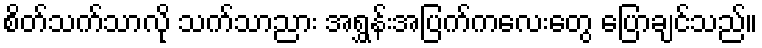
စိတ်သက်သာလို သက်သာညား အရွှန်းအပြက်ကလေးတွေ ပြောချင်သည်။